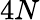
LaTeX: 4N